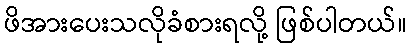
ဖိအားပေးသလိုခံစားရလို့ ဖြစ်ပါတယ်။